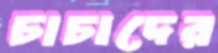
চাচাদের